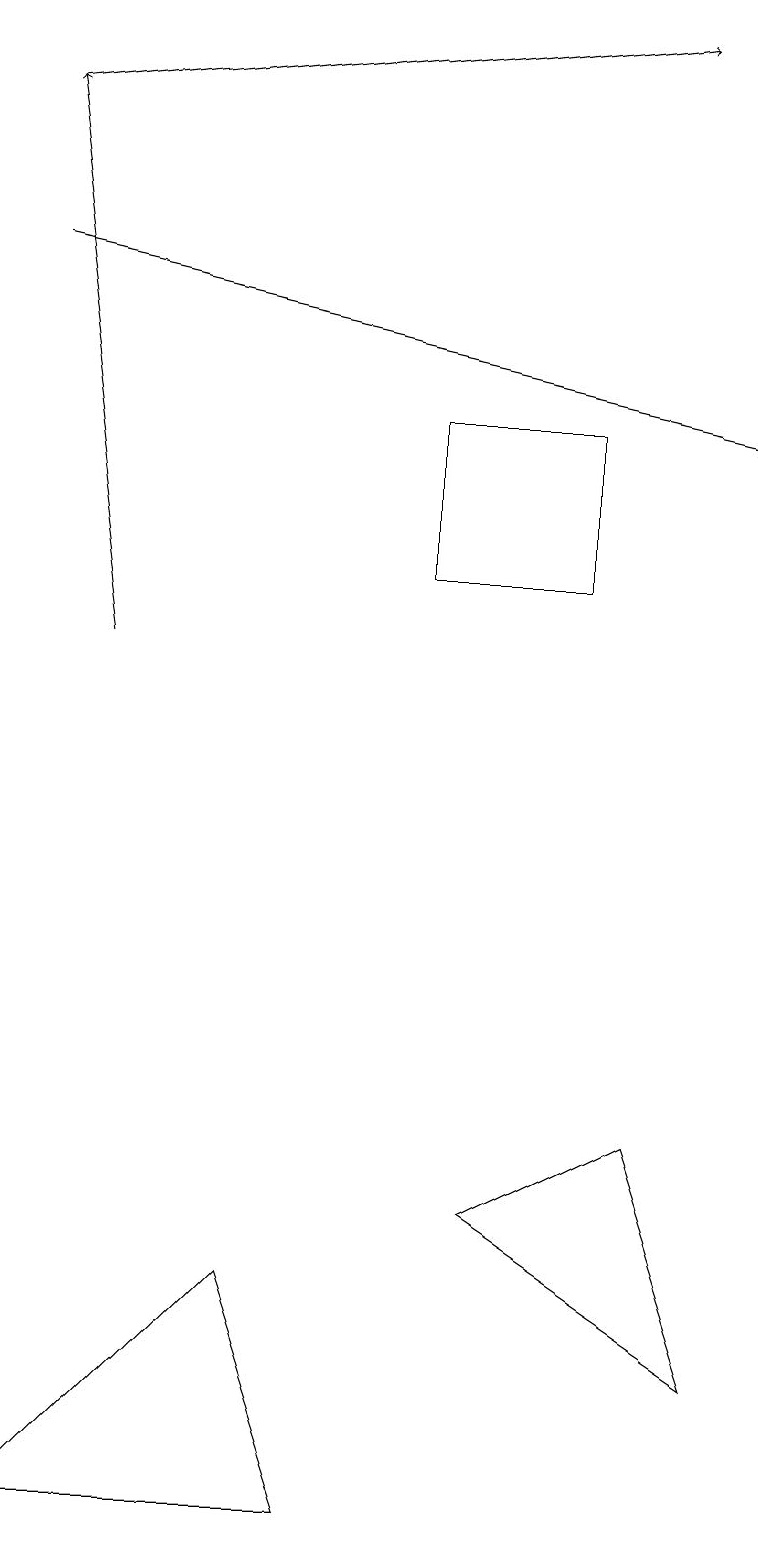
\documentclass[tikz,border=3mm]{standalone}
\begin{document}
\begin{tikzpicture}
\draw[->] (0,18) -- (8,19);
\draw[->] (1,11) -- (0,18);
\draw (6,4) -- (8,5) -- (9,2) -- cycle;
\draw (5,12) rectangle (7,14);
\draw (0,0) -- (4,0) -- (3,3) -- cycle;
\draw[->] (0,16) -- (9,14);
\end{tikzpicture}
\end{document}